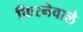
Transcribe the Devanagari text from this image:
फिरनेवाले